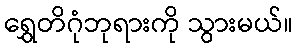
ရွှေတိဂုံဘုရားကို သွားမယ်။